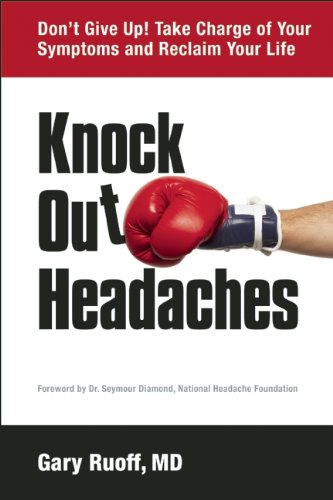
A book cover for Knock Out Headaches; Gary Ruoff; Health, Fitness & Dieting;